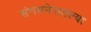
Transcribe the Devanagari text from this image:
संगमनेरातल्या